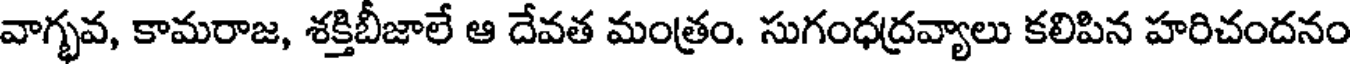
వాగ్భవ, కామరాజ, శక్తిబీజాలే ఆ దేవత మంత్రం. సుగంధద్రవ్యాలు కలిపిన హరిచందనం